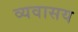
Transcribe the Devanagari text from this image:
व्यवासय